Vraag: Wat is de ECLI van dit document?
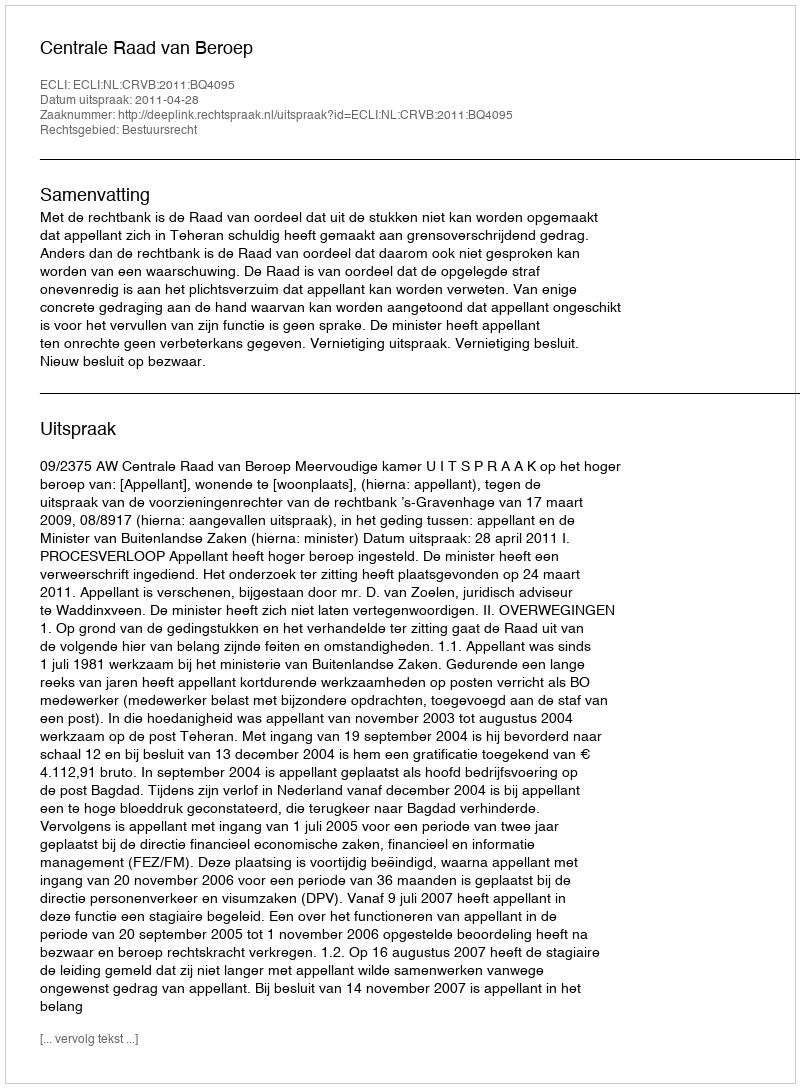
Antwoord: ECLI:NL:CRVB:2011:BQ4095